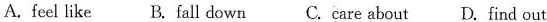
A. feel like B. fall down C. care about D. find out